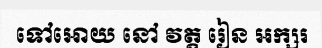
ទៅអោយ នៅ វត្ត រៀន អក្សរ